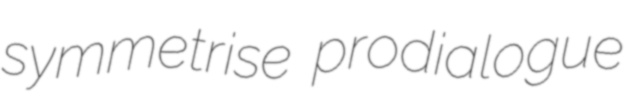
symmetrise prodialogue